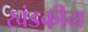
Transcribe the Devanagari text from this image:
खंडकीय